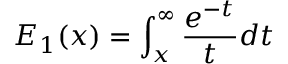
E _ { 1 } ( x ) = \int _ { x } ^ { \infty } \frac { e ^ { - t } } { t } d t